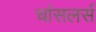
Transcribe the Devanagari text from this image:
चांसलर्स